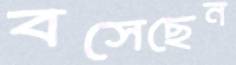
বসেছেন